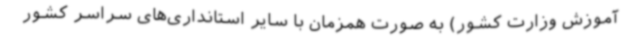
آموزش وزارت کشور) به صورت همزمان با سایر استانداری‌های سراسر کشور